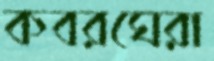
কবরঘেরা